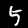
Label: 5